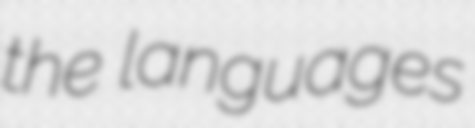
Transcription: the languages